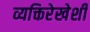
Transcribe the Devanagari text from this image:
व्यक्तिरेखेशी